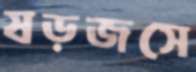
ষড়জসে